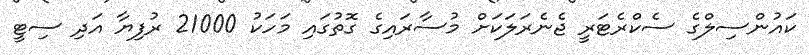
ކައުންސިލްގެ ސެކްރެޓަރީ ޖެނެރަލަކަށް މުސާރައިގެ ގޮތުގައި މަހަކު 21000 ރުފިޔާ އަދި ސިޓީ